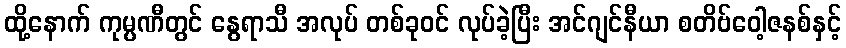
ထို့နောက် ကုမ္ပဏီတွင် နွေရာသီ အလုပ် တစ်ခုဝင် လုပ်ခဲ့ပြီး အင်ဂျင်နီယာ စတိဗ်ဝေါ့ဇနစ်နှင့်